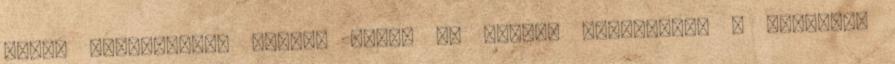
sárga rózsabimbó. Tovább ment, de valami motoszkált a fejében,